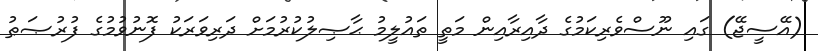
(އޭސީޖޭ) ގައި ނޫސްވެރިކަމުގެ ދާއިރާއިން މަތީ ތައުލީމު ޙާޞިލުކުރުމަށް ދަރިވަރަކު ފޮނުވުމުގެ ފުރުޞަޠު